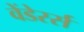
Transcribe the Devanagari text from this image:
वेंडेरर्स